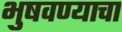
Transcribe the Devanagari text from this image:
भुषवण्याचा